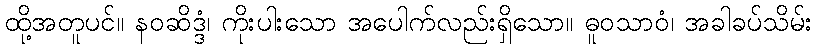
ထို့အတူပင်။ နဝဆိဒ္ဒံ၊ ကိုးပါးသော အပေါက်လည်းရှိသော။ ဓူဝသာဝံ၊ အခါခပ်သိမ်း